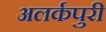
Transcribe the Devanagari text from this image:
अलर्कपुरी